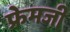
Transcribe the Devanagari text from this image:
फ्रेमजी